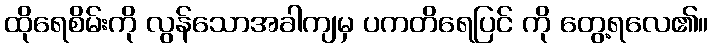
ထိုရေစိမ်းကို လွန်သောအခါကျမှ ပကတိရေပြင် ကို တွေ့ရလေ၏။